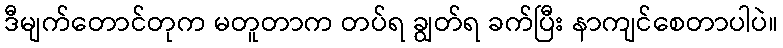
ဒီမျက်တောင်တုက မတူတာက တပ်ရ ချွတ်ရ ခက်ပြီး နာကျင်စေတာပါပဲ။